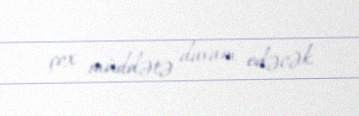
çox müddətə davam edəcək.